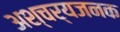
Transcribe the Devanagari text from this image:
अश्चर्यजनक